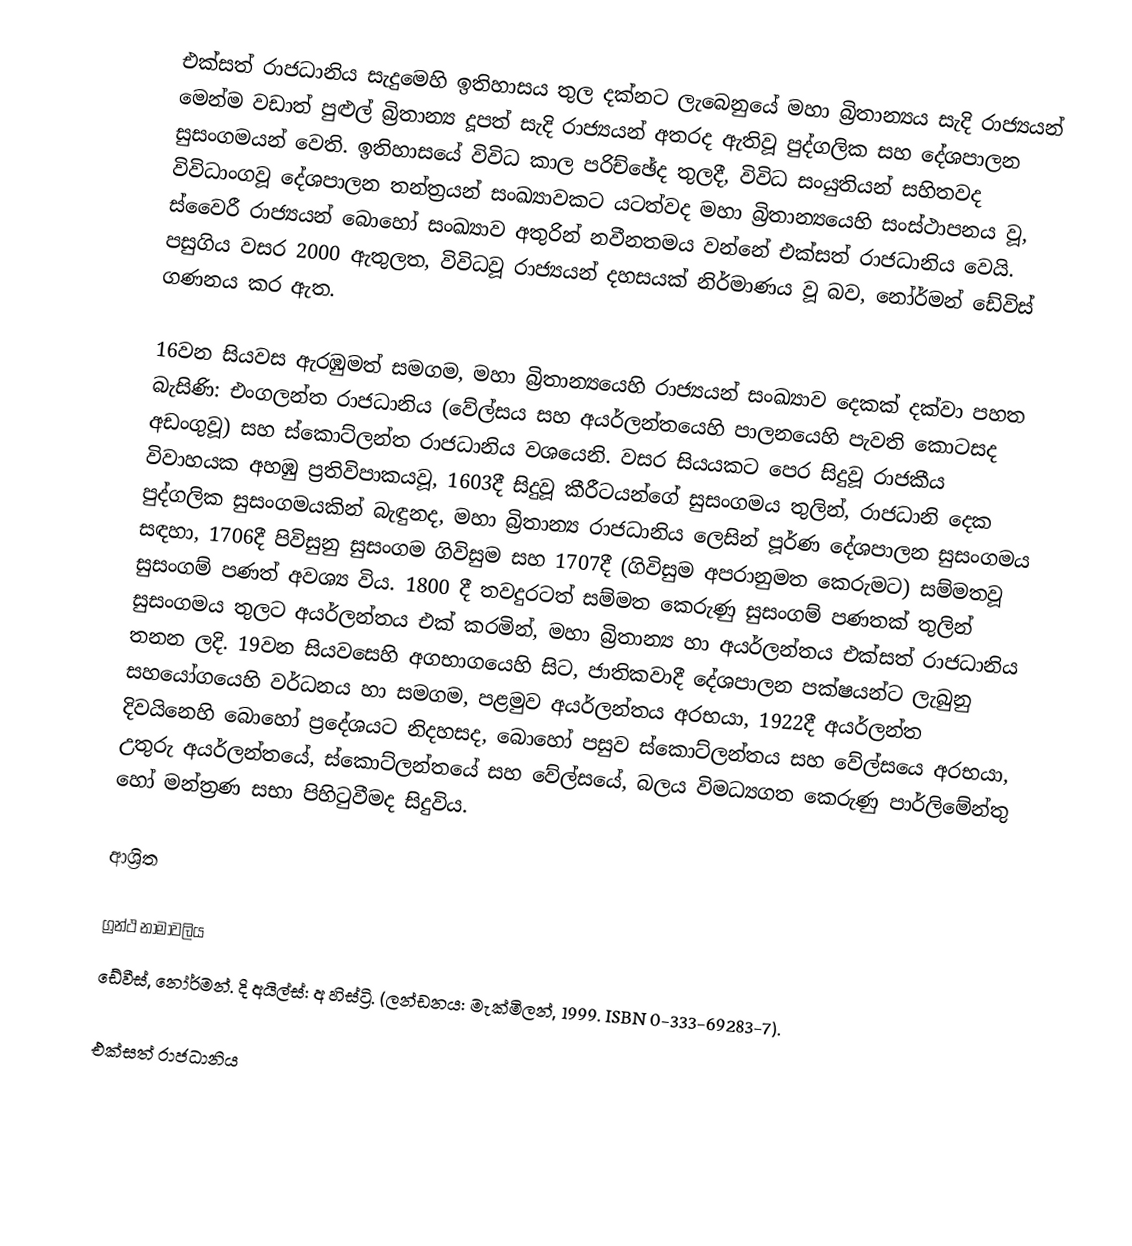
එක්සත් රාජධානිය සැදුමෙහි ඉතිහාසය තුල දක්නට ලැබෙනුයේ  මහා බ්‍රිතාන්‍යය සැදි රාජ්‍යයන් මෙන්ම වඩාත් පුළුල් බ්‍රිතාන්‍ය දූපත් සැදි රාජ්‍යයන් අතරද ඇතිවූ  පුද්ගලික සහ දේශපාලන සුසංගමයන් වෙති. ඉතිහාසයේ විවිධ කාල පරිච්ඡේද තුලදී, විවිධ සංයුතියන් සහිතවද විවිධාංගවූ දේශපාලන තන්ත්‍රයන් සංඛ්‍යාවකට යටත්වද මහා බ්‍රිතාන්‍යයෙහි සංස්ථාපනය වූ,  ස්වෛරී රාජ්‍යයන් බොහෝ සංඛ්‍යාව අතුරින් නවීනතමය වන්නේ එක්සත් රාජධානිය වෙයි. පසුගිය වසර 2000 ඇතුලත, විවිධවූ රාජ්‍යයන් දහසයක් නිර්මාණය වූ බව,  නෝර්මන් ඩේවිස් ගණනය කර ඇත.

16වන සියවස ඇරඹුමත් සමගම, මහා බ්‍රිතාන්‍යයෙහි රාජ්‍යයන් සංඛ්‍යාව දෙකක් දක්වා පහත බැසිණි: එංගලන්ත රාජධානිය (වේල්සය සහ අයර්ලන්තයෙහි පාලනයෙහි පැවති  කොටසද අඩංගුවූ) සහ ස්කොට්ලන්ත රාජධානිය වශයෙනි. වසර සියයකට පෙර සිදුවූ රාජකීය විවාහයක අහඹු ප්‍රතිවිපාකයවූ, 1603දී සිදුවූ කීරීටයන්ගේ සුසංගමය තුලින්, රාජධානි දෙක පුද්ගලික සුසංගමයකින් බැඳුනද, මහා බ්‍රිතාන්‍ය රාජධානිය ලෙසින් පූර්ණ දේශපාලන සුසංගමය සඳහා, 1706දී පිවිසුනු සුසංගම ගිවිසුම සහ 1707දී (ගිවිසුම අපරානුමත කෙරුමට)  සම්මතවූ  සුසංගම් පණත් අවශ්‍ය විය. 1800 දී තවදුරටත් සම්මත කෙරුණු සුසංගම් පණතක් තුලින් සුසංගමය තුලට අයර්ලන්තය එක් කරමින්, මහා බ්‍රිතාන්‍ය හා අයර්ලන්තය එක්සත් රාජධානිය තනන ලදි. 19වන සියවසෙහි අගභාගයෙහි සිට, ජාතිකවාදී දේශපාලන පක්ෂයන්ට ලැබුනු සහයෝගයෙහි වර්ධනය හා සමගම, පළමුව අයර්ලන්තය අරභයා, 1922දී අයර්ලන්ත දිවයිනෙහි බොහෝ ප්‍රදේශයට නිදහසද,  බොහෝ පසුව ස්කොට්ලන්තය සහ වේල්සයෙ අරභයා, උතුරු අයර්ලන්තයේ, ස්කොට්ලන්තයේ සහ වේල්සයේ, බලය විමධ්‍යගත කෙරුණු පාර්ලිමේන්තු හෝ මන්ත්‍රණ සභා පිහිටුවීමද සිදුවිය.

ආශ්‍රිත

ග්‍රන්ථ නාමාවලිය
ඩේවීස්, නෝර්මන්. දි අයිල්ස්: අ හිස්ට්‍රි. (ලන්ඩනය: මැක්මිලන්, 1999. ISBN 0-333-69283-7).

එක්සත් රාජධානිය